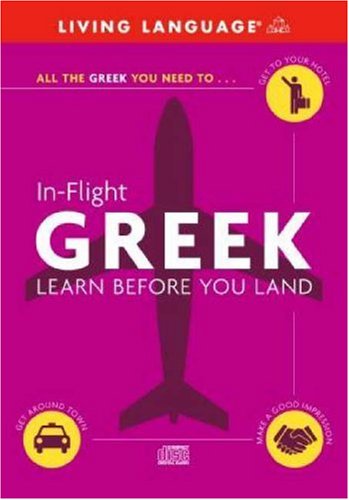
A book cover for In-Flight Greek: Learn Before You Land; Living Language; Travel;